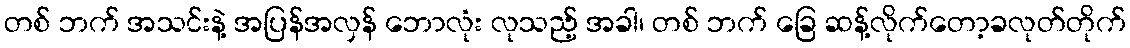
တစ် ဘက် အသင်းနဲ့ အပြန်အလှန် ဘောလုံး လုသည့် အခါ၊ တစ် ဘက် ခြေ ဆန့်လိုက်တော့ခလုတ်တိုက်